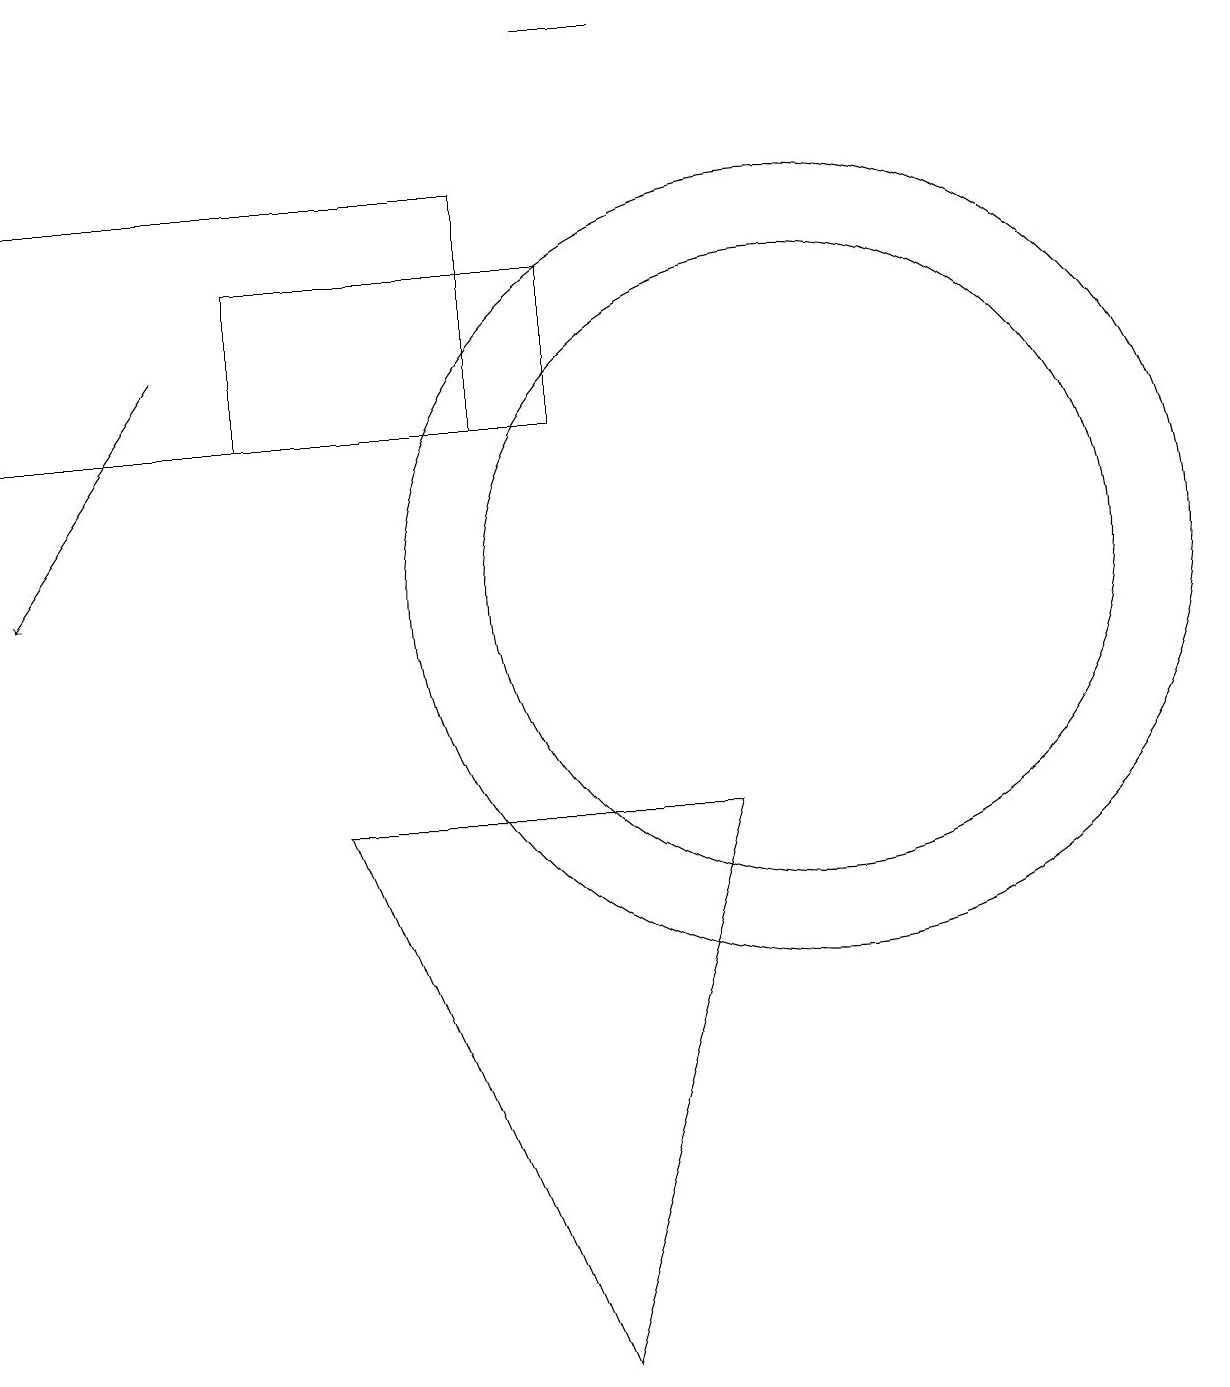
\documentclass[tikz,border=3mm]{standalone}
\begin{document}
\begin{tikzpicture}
\draw (7,13) rectangle (3,15);
\draw (4,8) -- (7,1) -- (9,8) -- cycle;
\draw (6,13) rectangle (0,16);
\draw (8,18) rectangle (7,18);
\draw (10,11) circle (5);
\draw[->] (2,14) -- (0,11);
\draw (10,11) circle (4);
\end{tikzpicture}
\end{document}